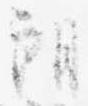
朗